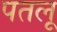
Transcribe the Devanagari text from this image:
पतलू